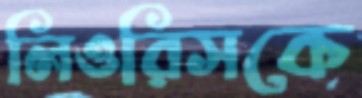
লিওরিসকে